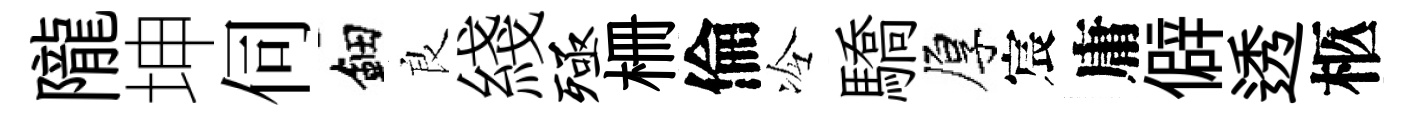
隴坤伺鈿良綫殛栅倫冷驕厚宸庸僻透柩